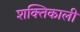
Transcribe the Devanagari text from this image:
शक्‍तिकाली